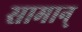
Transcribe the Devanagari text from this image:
सामान्